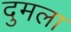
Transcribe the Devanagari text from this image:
दुमला